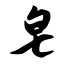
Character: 皂